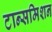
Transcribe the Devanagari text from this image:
टान्समिशन